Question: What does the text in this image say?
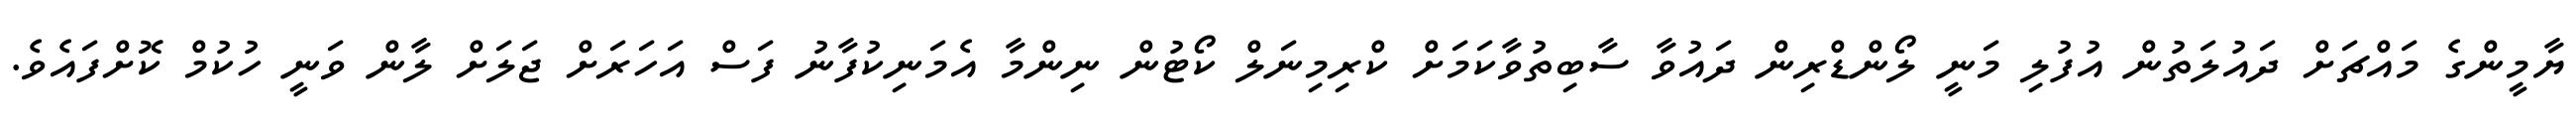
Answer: ޔާމީންގެ މައްޗަށް ދައުލަތުން އުފުލި މަނީ ލޯންޑްރިން ދައުވާ ސާބިތުވާކަމަށް ކްރިމިނަލް ކޯޓުން ނިންމާ އެމަނިކުފާނު ފަސް އަހަރަށް ޖަލަށް ލާން ވަނީ ހުކުމް ކޮށްފައެވެ.